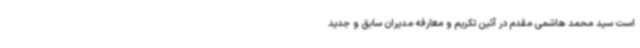
است سید محمد هاشمی مقدم در آئین تکریم و معارفه مدیران سابق و جدید